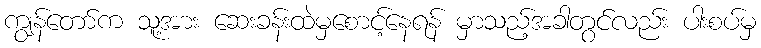
ကျွန်တော်က သူ့အား ဆေးခန်းထဲမှစောင့်နေရန် မှာသည့်အခါတွင်လည်း ပါးစပ်မှ